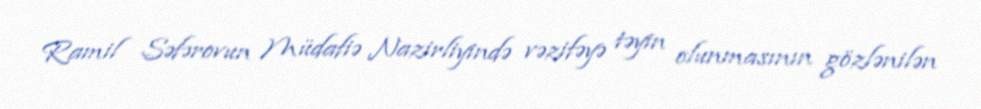
Ramil Səfərovun Müdafiə Nazirliyində vəzifəyə təyin olunmasının gözlənilən